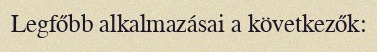
Legfőbb alkalmazásai a következők: